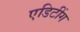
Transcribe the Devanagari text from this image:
एडिटींग